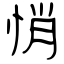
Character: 悄